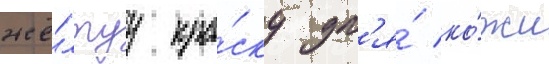
жё́лтуу кра́ску дл'я́ ко́жи